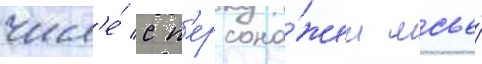
числ'е́ с п'ерсона́жем мсье́